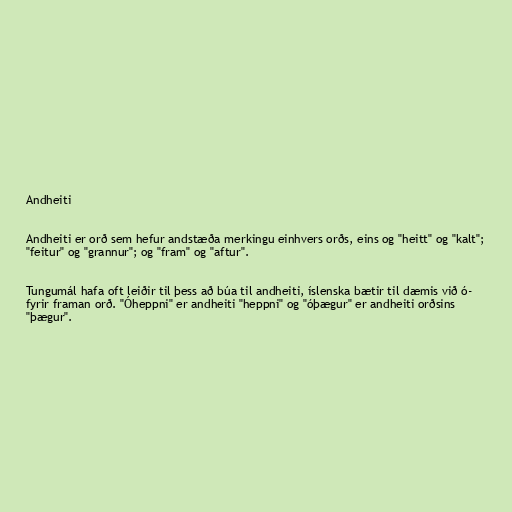
Andheiti

Andheiti er orð sem hefur andstæða merkingu einhvers orðs, eins og "heitt" og "kalt";
"feitur" og "grannur"; og "fram" og "aftur".

Tungumál hafa oft leiðir til þess að búa til andheiti, íslenska bætir til dæmis við ó-
fyrir framan orð. "Óheppni" er andheiti "heppni" og "óþægur" er andheiti orðsins
"þægur".